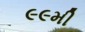
૯૯મી